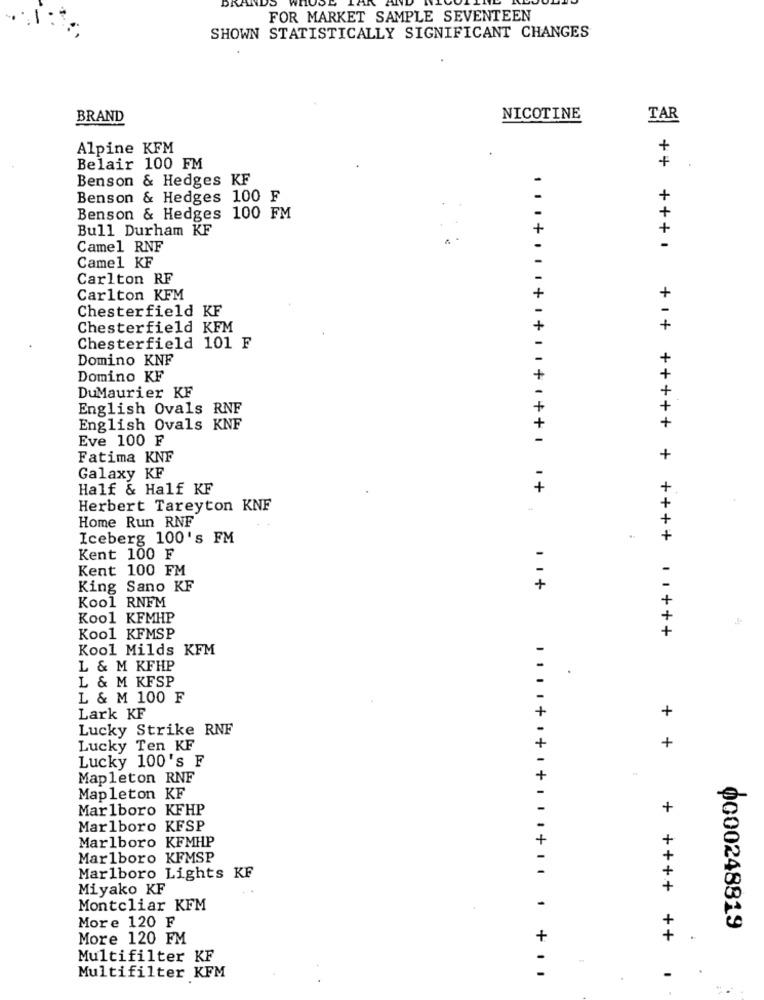
FOR MARKET SAMPLE SEVENTEEN
SHOWN STATISTICALLY SIGNIFICANT CHANGES
BRAND
NICOTINE
TAR
Alpine KFM
+
+
Belair 100 FM
Benson & Hedges KF
Benson & Hedges 100 F
+
+
Benson & Hedges 100 FM
Bull Durham KF
+
Camel RNF
-
Camel KF
Carlton RF
Carlton KFM
+
Chesterfield KF
Chesterfield KFM
+
Chesterfield 101 F
Domino KNF
+
Domino KF
DuMaurier KF
+
English Ovals RNF
+
+
English Ovals KNF
+
Eve 100 F
Fatima KNF
+
Galaxy KF
Half & Half KF
+
... + . . . + + + + + 1 +
Herbert Tareyton KNF
Home Run RNF
Iceberg 100's FM
+
Kent 100 F
Kent 100 FM
King Sano KF
+
Kool RNFM
Kool KFMHP
+
+++++ + ++++ +++
Kool KFMSP
Kool Milds KFM
L & M KFHP
.
L & M KFSP
L & M 100 F
+
Lark KF
Lucky Strike RNF
+
Lucky Ten KF
Lucky 100's F
Mapleton RNF
Mapleton KF
Marlboro KFHP
Marlboro KFSP
Marlboro KFMHP
+
Marlboro KFMSP
-
Marlboro Lights KF
.... +.+.+ ... + ..
Miyako KF
Montcliar KFM
More 120 F
0000248819
More 120 FM
+
+ ++++ ++
.
Multifilter KF
-
-
Multifilter KFM
+ ..